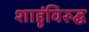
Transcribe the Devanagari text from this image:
शाहूंविरुद्घ